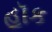
હૉક